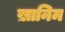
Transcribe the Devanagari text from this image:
ख़ानिम